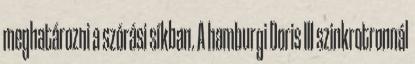
meghatározni a szórási síkban. A hamburgi Doris III szinkrotronnál